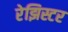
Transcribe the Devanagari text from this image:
रेझिस्टर